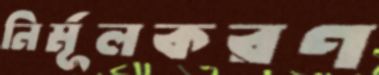
নির্মূলকরণ